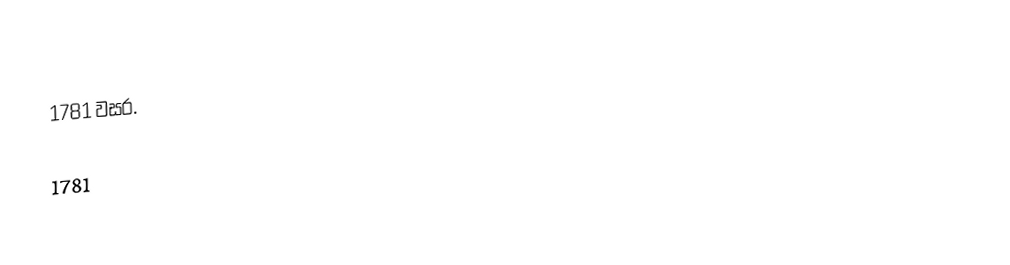
1781 වසර.

1781